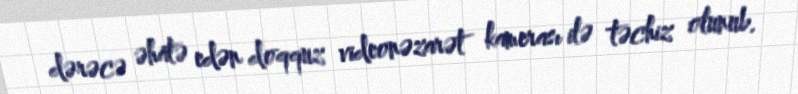
dərəcə əhatə edən doqquz videonəzarət kamerası ilə təchiz olunub.